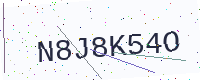
Text: N8J8K54O